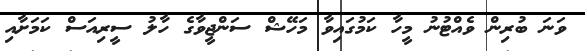
ވަނަ ބުރިން ވެއްޓުނު މީހާ ކަމުގައިވާ މަހޭޝް ސަންޖީވާގެ ހާލު ސީރިއަސް ކަމަށާއި